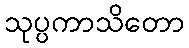
သုပ္ပကာသိတော